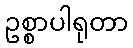
ဥစ္စာပါရုတာ